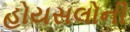
હોયસલોની